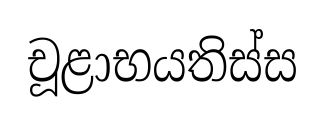
චූළාභයතිස්ස